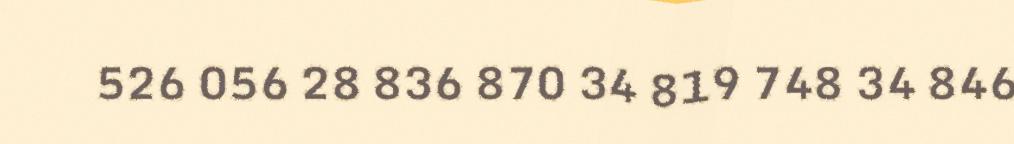
526 056 28 836 870 34 819 748 34 846